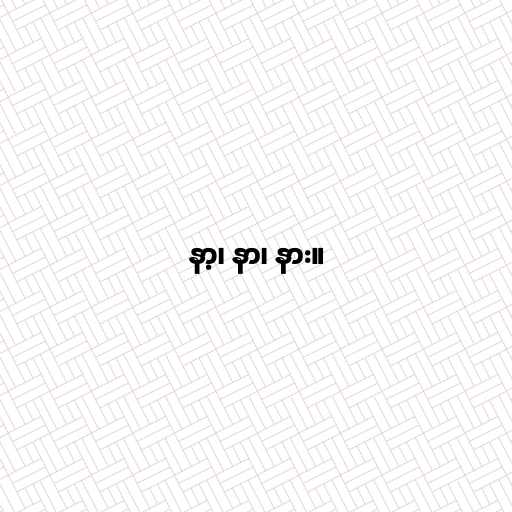
နာ့၊ နာ၊ နား။